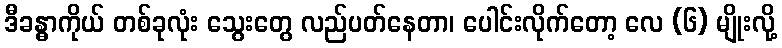
ဒီခန္ဓာကိုယ် တစ်ခုလုံး သွေးတွေ လည်ပတ်နေတာ၊ ပေါင်းလိုက်တော့ လေ (၆) မျိုးလို့